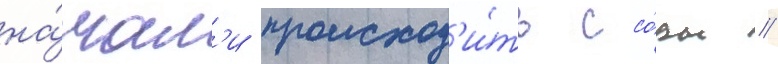
на́чал'и происход'и́ть ссо́ры //